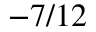
- 7 / 1 2